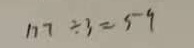
1 7 7 \div 3 = 5 9